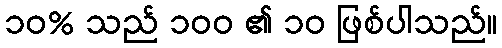
၁၀% သည် ၁၀၀ ၏ ၁၀ ဖြစ်ပါသည်။